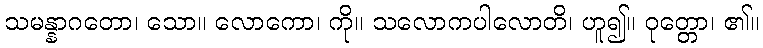
သမန္နာဂတော၊ သော။ လောကော၊ ကို။ သလောကပါလောတိ၊ ဟူ၍။ ဝုတ္တော၊ ၏။